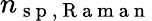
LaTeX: n_{\mathrm{~s~p~},\mathrm{~R~a~m~a~n~}}